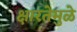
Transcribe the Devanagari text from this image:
क्षारतेमुळे